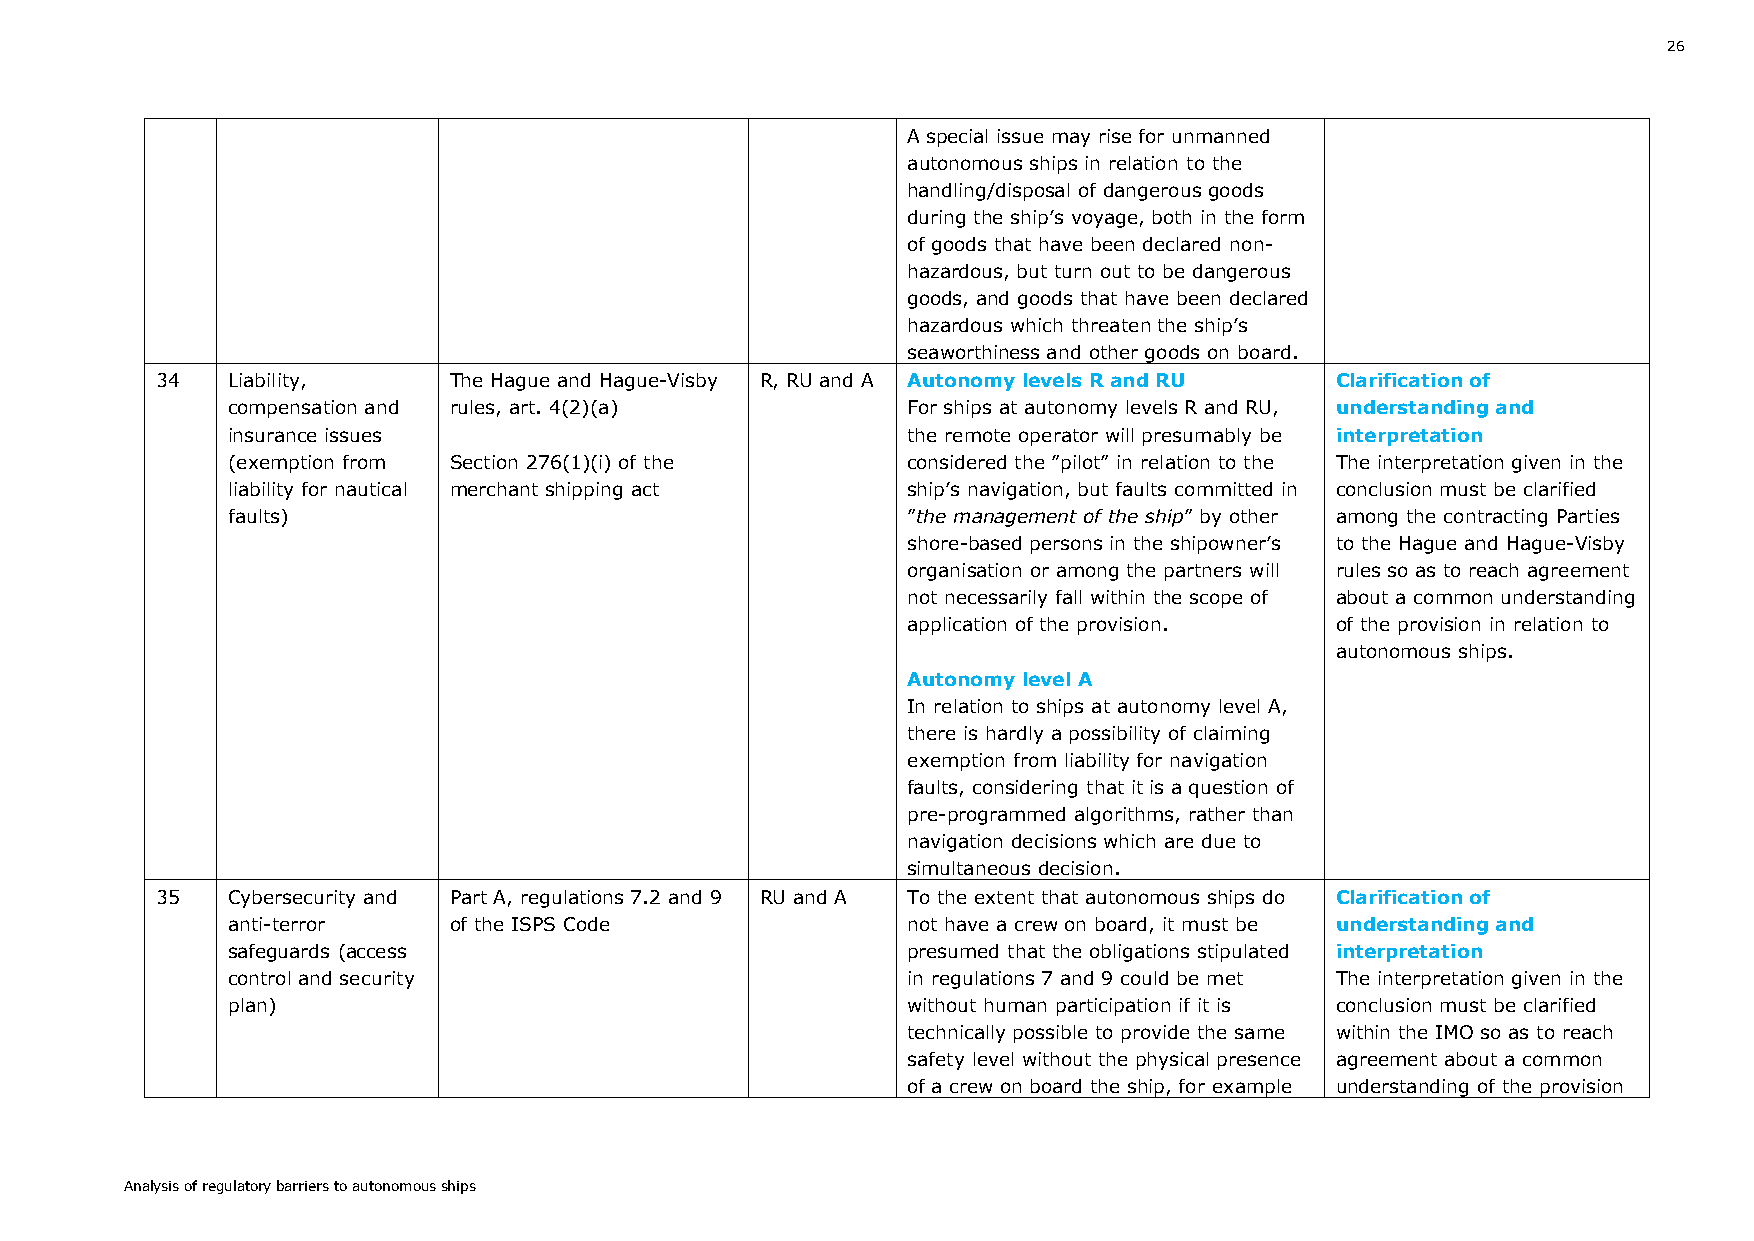
26
 A special issue may rise for unmanned
 autonomous ships in relation to the
 handling/disposal of dangerous goods
 during the ship’s voyage, both in the form
 of goods that have been declared non-
 hazardous, but turn out to be dangerous
 goods, and goods that have been declared
 hazardous which threaten the ship’s
 seaworthiness and other goods on board.
 34   Liability,     The Hague and Hague-Visby R, RU and A Autonomy levels R and RU Clarification of
 compensation and rules, art. 4(2)(a)         For ships at autonomy levels R and RU, understanding and
 insurance issues                             the remote operator will presumably be interpretation
 (exemption from Section 276(1)(i) of the     considered the ”pilot” in relation to the The interpretation given in the
 liability for nautical merchant shipping act ship’s navigation, but faults committed in conclusion must be clarified
 faults)                                      ”the management of the ship” by other among the contracting Parties
 shore-based persons in the shipowner’s to the Hague and Hague-Visby
 organisation or among the partners will rules so as to reach agreement
 not necessarily fall within the scope of about a common understanding
 application of the provision. of the provision in relation to
 autonomous ships.
 Autonomy level A
 In relation to ships at autonomy level A,
 there is hardly a possibility of claiming
 exemption from liability for navigation
 faults, considering that it is a question of
 pre-programmed algorithms, rather than
 navigation decisions which are due to
 simultaneous decision.
 35   Cybersecurity and Part A, regulations 7.2 and 9 RU and A To the extent that autonomous ships do Clarification of
 anti-terror    of the ISPS Code              not have a crew on board, it must be understanding and
 safeguards (access                           presumed that the obligations stipulated interpretation
 control and security                         in regulations 7 and 9 could be met The interpretation given in the
 plan)                                        without human participation if it is conclusion must be clarified
 technically possible to provide the same within the IMO so as to reach
 safety level without the physical presence agreement about a common
 of a crew on board the ship, for example understanding of the provision
 Analysis of regulatory barriers to autonomous ships